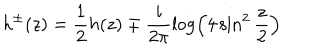
h ^ { \pm } ( z ) = \frac { 1 } { 2 } h ( z ) \mp \frac { i } { 2 \pi } \log \left( 4 \sin ^ { 2 } \frac { z } { 2 } \right)